Alphabetical list of drugs, medicines and other preparations free from, and containing, spirit compiled from the results of tests made by the customs houses at Calcutta, Bombay, and Madras
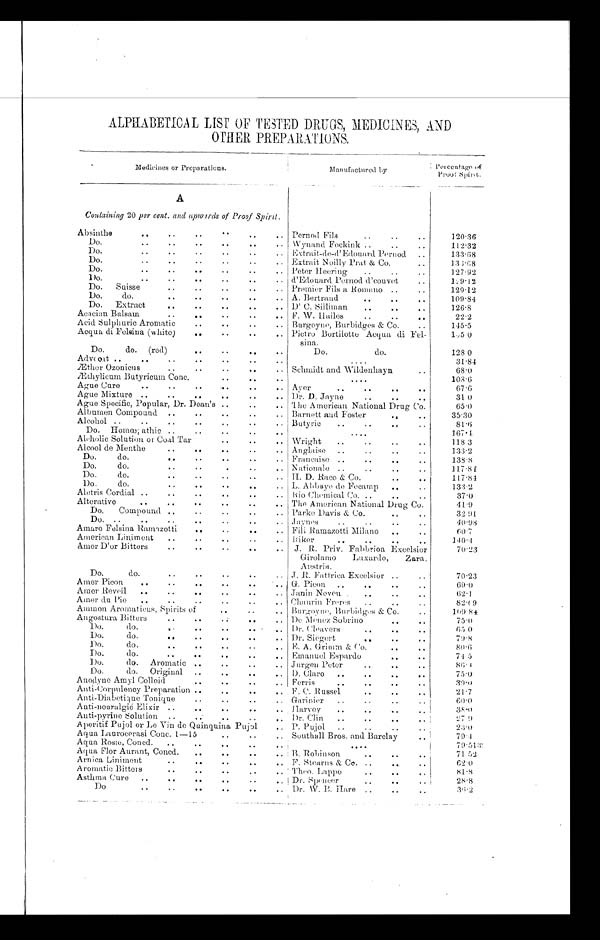
ALPHABETICAL LIST OF TESTED DRUGS, MEDICINES, AND
OTHER PREPARATIONS.
Medicines or Preparations.
Manufactured by
Per cent age of
Proof Spilt.
A
Containing 20 per cent. and upioirds of Proof Spirit.
Absinthe
Pernod Fils
1 2 0 . 3 6
Do.
Wynand Fockink
112.32
D o Ex trait-de-d' Edouard Pernod
133.68
Do.
Extrait Noilly Prat & Co.
136.68
Do.
Peter Heering
127. 92
Do.
d'Edouard Pernod d'couvet
129 .1 2
Do. Suisse
Premier Fils a Romano
129.12
Do. do.
A. Bertrand
109
.
84
Do. Extract
D' C. Silliman
126.8
Acacian Balsam
F. W. Hailes
22.2
Acid Sulphuric Aromatic
Burgoyne, Burbidges & Co.
145.5
Acqua di Folsina (white)
Pietro Bortilotte Acqua di Fel-
sina.
165
.
0
Do. do. (red)
Do. do.
128 0
Advcoat
31
.
84
Æther Ozonicus
Schmidt and Wildenhayn
68
.
0
Æthylicum Butyricum Conc.
108 . 6
Ague Cure
Aver
67.6
Ague Mixture
Dr. D. Jayne
31 0
Ague Specific, Popular, Dr. Dean's
The American National Drug Co.
65.0
Albumen Compound
Barnett and Foster
35.30
Alcohol
Butyric
81
.
6
Do. Homœpathic
167. 4
Aleholic Solution or Coal Tar
Wright
118 3
Alcool do Menthe
Anglaise
133
.
2
Do. do.
Francaise
1 3 8 .
8
Do. do.
Nationale
117
.
8 4
Do. do.
H. D. Raco & Co.
117.84
Do.
do.
L. Abbaye de Fecamp
1 3 3
.
2
Aletris Cordial
Ida Chemical Co
37.0
Alterative
The American National Drug Co.
41
.
9
Do. Compound
Parke Davis & Co.
32 91
Do.
Jaynes
40
.
98
Amaro Felsina Ramzotti
Fili Ramazotti Milano
60
.
7
American Liniment
Riker
140 . 4
Amer D'or Bitters
J. R. Priv Fabbrioa Excelsior
70
.
23
Girolamo Luxardo, Zara,
Austria.
Do. do.
J. R. Fattrica Excolsior
70.23
Amer Picon G. Picon
69 . 0
Amer Reveil
Janin Neveu
62.1
Amer du Pie
Chaurin Freres
82.69
Ammon Aromaticus, Spirits of
Angostura Bitters.
Burgoyne, Burbidges & Co.
De Menez Sobrino
1 0 9 8 4
.
75 0
Do. do.
Dr. Cleavers
65 . 0
Do, do.
Dr. Siegert
79
.
8
Do. do.
E. A. Grimm & Co.
80 . 4
Do. do
Emanuel Espardo
74 5
Do do. Aromatic
Jurgen Peter
8 6
. 4
Do. do. Original
D. Claro
75.0
Anodyne Amyl Colloid
Ferris
3 9 - 0
Anti-Corpulency Preparation
F. C.Russel
21.7
Anti-Diabetique Tonique
Garinier
60 . 0
Anti-neuralgie Elixir
Harvey
3 8.
0
Anti-pyrine Solution
Dr. Clin
2 7 9
Aperitif Pujol or Le Vin de Quinquina Pujol P. Pujol
23 . 0
Aqua Laurocerasi Conc. 1—15
Southall Bros and. Barclay
79 . 4
Aqua Rosæ, Concd.
79
.
513
Aqua Flor Aurant, Concd.
B. Robinson
7 1 5 2
Arnica Liniment
F. Stearns & Co.
62
.
0
A romatic Bitters
Theo. Lappe
8 1
. 8
Asthma Cure
Dr. Spencer
28.8
Do
.
Dr. W. B. Hare
3 6
. 2